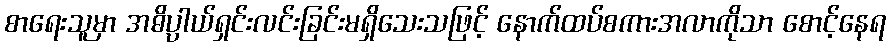
စာရေးသူမှာ အဓိပ္ပာယ်ရှင်းလင်းခြင်းမရှိသေးသဖြင့် နောက်ထပ်စကားအလာကိုသာ စောင့်နေရ